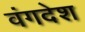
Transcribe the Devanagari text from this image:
वंगदेश